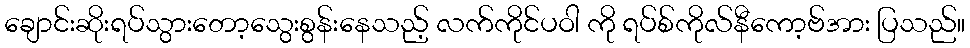
ချောင်းဆိုးရပ်သွားတော့သွေးစွန်းနေသည့် လက်ကိုင်ပဝါ ကို ရပ်စ်ကိုလ်နီကော့ဗ်အား ပြသည်။